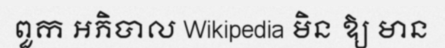
ពួក អភិបាល Wikipedia មិន ឱ្យ មាន